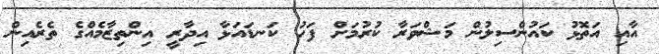
އާއި އަތޮޅު ކައުންސިލުން މަޝްވަރާ ކުރުމަށް ފަހު ކަނޑައަޅާ އިދާރީ އިންތިޒާމެއްގެ ތެރެއިން